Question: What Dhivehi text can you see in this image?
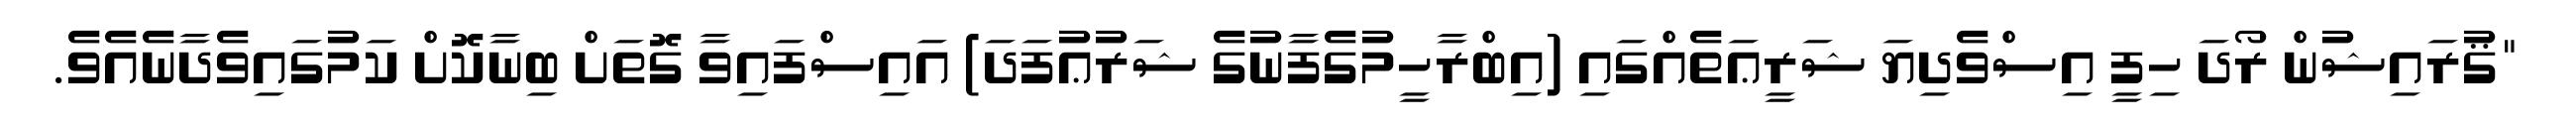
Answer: "ޤުރައިޝުން ރޯދަ ހިފީ އިސްވެދިޔަ ޝަރީޢަތެއްގައި (އިބްރާހީމުގެފާނުގެ ޝަރުޢުފަދަ) އައިސްފައިވާ ގޮތަށް ބިނާކޮށް ކަމުގައިވެދާނެއެވެ.